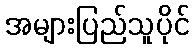
အများပြည်သူပိုင်